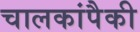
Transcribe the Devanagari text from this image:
चालकांपैकी